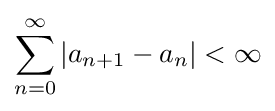
\sum _{n=0}^{\infty }|a_{n+1}-a_{n}|<\infty